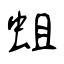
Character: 蛆